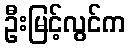
ဦးမြင့်လွင်က